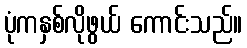
ပုံကနှစ်လိုဖွယ် ကောင်းသည်။